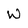
Character: W